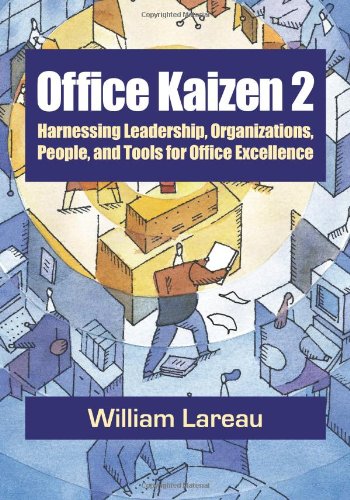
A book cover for Office Kaizen 2: Harnessing Leadership, Organizations, People, and Tools for Office Excellence; William Lareau; Business & Money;